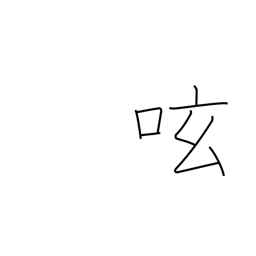
Meaning: mutter